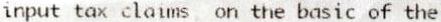
INPUT TAX CLAIMS ON THE BASIC OF THE